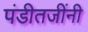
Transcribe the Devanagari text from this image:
पंडीतजींनी